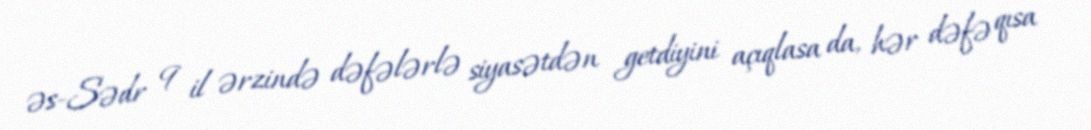
əs-Sədr 9 il ərzində dəfələrlə siyasətdən getdiyini açıqlasa da, hər dəfə qısa